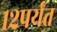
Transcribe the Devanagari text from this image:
१२पर्यंत